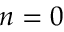
{ n = 0 }